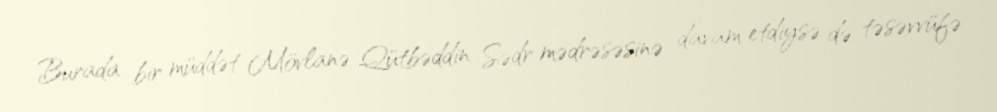
Burada bir müddət Mövlanə Qütbəddin Sədr mədrəsəsinə davam etdiysə də təsəvvüfə